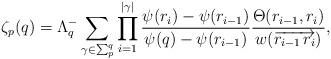
LaTeX: \begin{align*}\zeta_p(q)=\Lambda_q^- \sum_{\gamma \in \sum_p^q} \prod_{i=1}^{|\gamma|} \frac{\psi(r_i)-\psi(r_{i-1})}{\psi(q)-\psi(r_{i-1})} \frac{\Theta(r_{i-1},r_i)}{w(\overrightarrow{r_{i-1}\,r_i})},\end{align*}